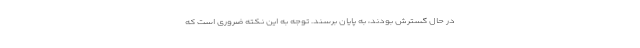
در حال گسترش بودند، به پایان برسند. توجه به این نکته ضروری است که